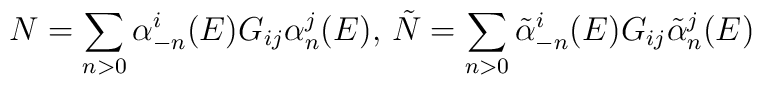
N=\sum_{n>0}\alpha_{-n}^{i}(E)G_{ij}\alpha_{n}^{j}(E),\,\tilde{N}=\sum_{n>0}\tilde{\alpha}_{-n}^{i}(E)G_{ij}\tilde{\alpha}_{n}^{j}(E)